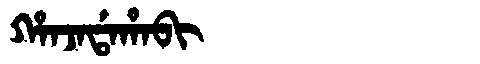
Manchu: ᡥᠠᠨᠵᠠᡩᠠᡥᠠᠪᡳ
Romanization: HANJADAHABI